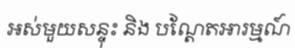
អស់មួយសន្ទុះ និង បណ្តែតអារម្មណ៍